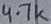
Text: 4.7k